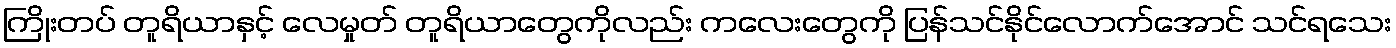
ကြိုးတပ် တူရိယာနှင့် လေမှုတ် တူရိယာတွေကိုလည်း ကလေးတွေကို ပြန်သင်နိုင်လောက်အောင် သင်ရသေး